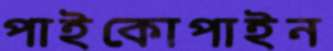
পাইকোপাইন